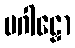
ပဂါဠှော